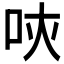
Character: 𠰵